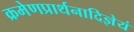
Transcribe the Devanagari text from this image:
क्रमेणप्रार्थनादिज्ञेयं